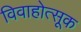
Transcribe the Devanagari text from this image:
विवाहोत्सूक